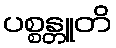
ပစ္စန္တူတိ